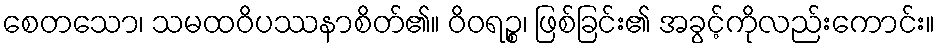
စေတသော၊ သမထဝိပဿနာစိတ်၏။ ဝိဝရဉ္စ၊ ဖြစ်ခြင်း၏ အခွင့်ကိုလည်းကောင်း။